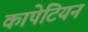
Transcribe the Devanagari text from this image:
कापेटियन